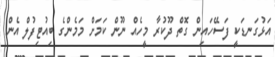
އަޅުގަނޑަކީ ފަސޭހައިން ގޮތް ދޫކުރާ މީހެއް ނޫން ކަމަށް މަމެންގެ ބިއުޓިފުލް އެން